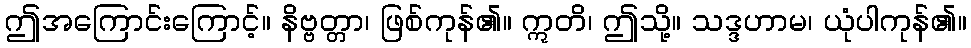
ဤအကြောင်းကြောင့်။ နိဗ္ဗတ္တာ၊ ဖြစ်ကုန်၏။ ဣတိ၊ ဤသို့။ သဒ္ဒဟာမ၊ ယုံပါကုန်၏။